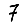
Digit: 7